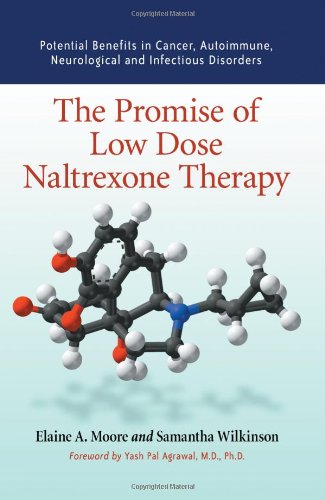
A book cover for The Promise Of Low Dose Naltrexone Therapy: Potential Benefits in Cancer, Autoimmune, Neurological and Infectious Disorders; Elaine A. Moore; Health, Fitness & Dieting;